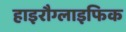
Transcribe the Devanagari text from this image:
हाइरौग्लाइफिक